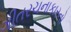
ગીતરચનાકારનો